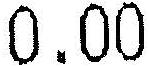
0.00